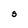
Character: S